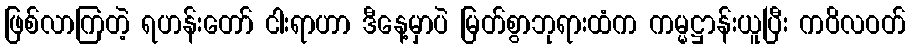
ဖြစ်လာကြတဲ့ ရဟန်းတော် ငါးရာဟာ ဒီနေ့မှာပဲ မြတ်စွာဘုရားထံက ကမ္မဋ္ဌာန်းယူပြီး ကဝိလဝတ်